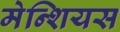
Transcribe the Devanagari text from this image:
मेन्शियस